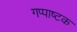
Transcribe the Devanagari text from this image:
गप्पाष्टक